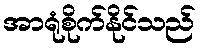
အာရုံစိုက်နိုင်သည်